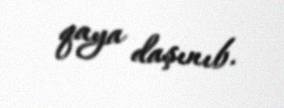
qaya daşınıb.